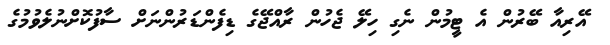
އޭރިއާ ބޭރުން އެ ޓީމުން ނެގި ހިލޭ ޖެހުން ރާއްޖޭގެ ޑިފެންޑަރުންނަށް ސާފުކޮށްނުލެވުމުގެ